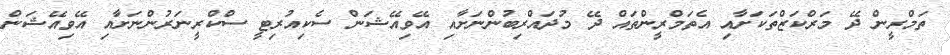
ތަމްރީން ދޭ މަރްކަޒްތަކަށާއި އެތަމްރީންތައް ދޭ މުދައްރިބުންނަށާއި އޭވިއޭޝަން ސެކިއުރިޓީ ސްކްރީނަރުންނަށާއި އޭވިއޭޝަން